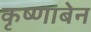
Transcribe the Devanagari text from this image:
कृष्णाबेन